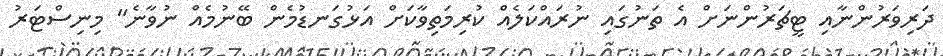
ދަރިވަރުންނާއި ޓީޗަރުންނަށް އެ ތަނުގައި ނުރައްކަލެއް ކުރިމަތިވާކަށް އަޅުގަނޑުމެން ބޭނުމެއް ނުވާނެ" މިނިސްޓަރު